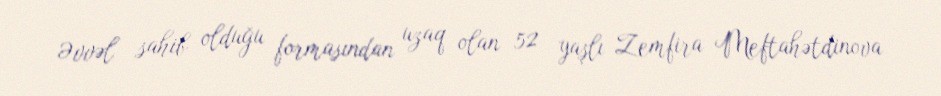
Əvvəl sahib olduğu formasından uzaq olan 52 yaşlı Zemfira Meftahətdinova